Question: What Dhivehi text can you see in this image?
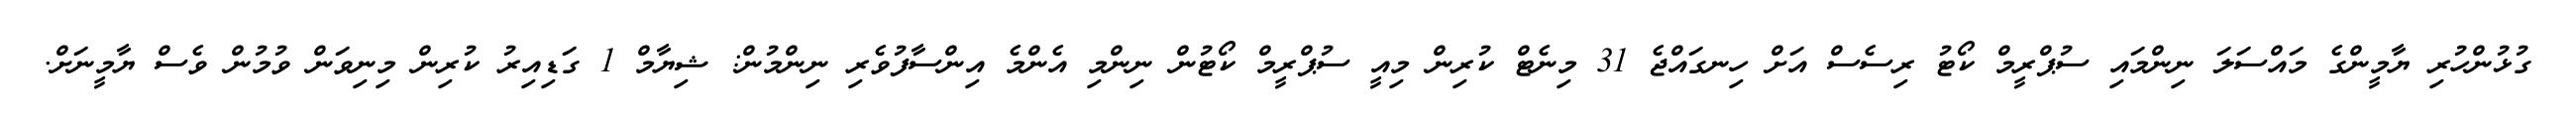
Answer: ގުޅުންހުރި ޔާމީންގެ މައްސަލަ ނިންމައި ސުޕްރީމް ކޯޓު ރިސެސް އަށް ހިނގައްޖެ 31 މިނެޓް ކުރިން މިއީ ސުޕްރީމް ކޯޓުން ނިންމި އެންމެ އިންސާފުވެރި ނިންމުން: ޝިޔާމް 1 ގަޑިއިރު ކުރިން މިނިވަން ވުމުން ވެސް ޔާމީނަށް.